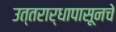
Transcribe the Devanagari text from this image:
उत्तरार्धापासूनचे